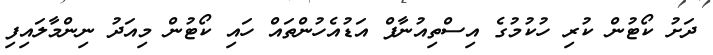
ދަށު ކޯޓުން ކުރި ހުކުމުގެ އިސްތިއުނާފް އަޑުއެހުންތައް ހައި ކޯޓުން މިއަދު ނިންމާލައިފި